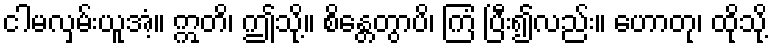
ငါမလှမ်းယူအံ့။ ဣတိ၊ ဤသို့။ စိန္တေတွာပိ၊ ကြံ ပြီး၍လည်း။ ဟောတု၊ ထိုသို့